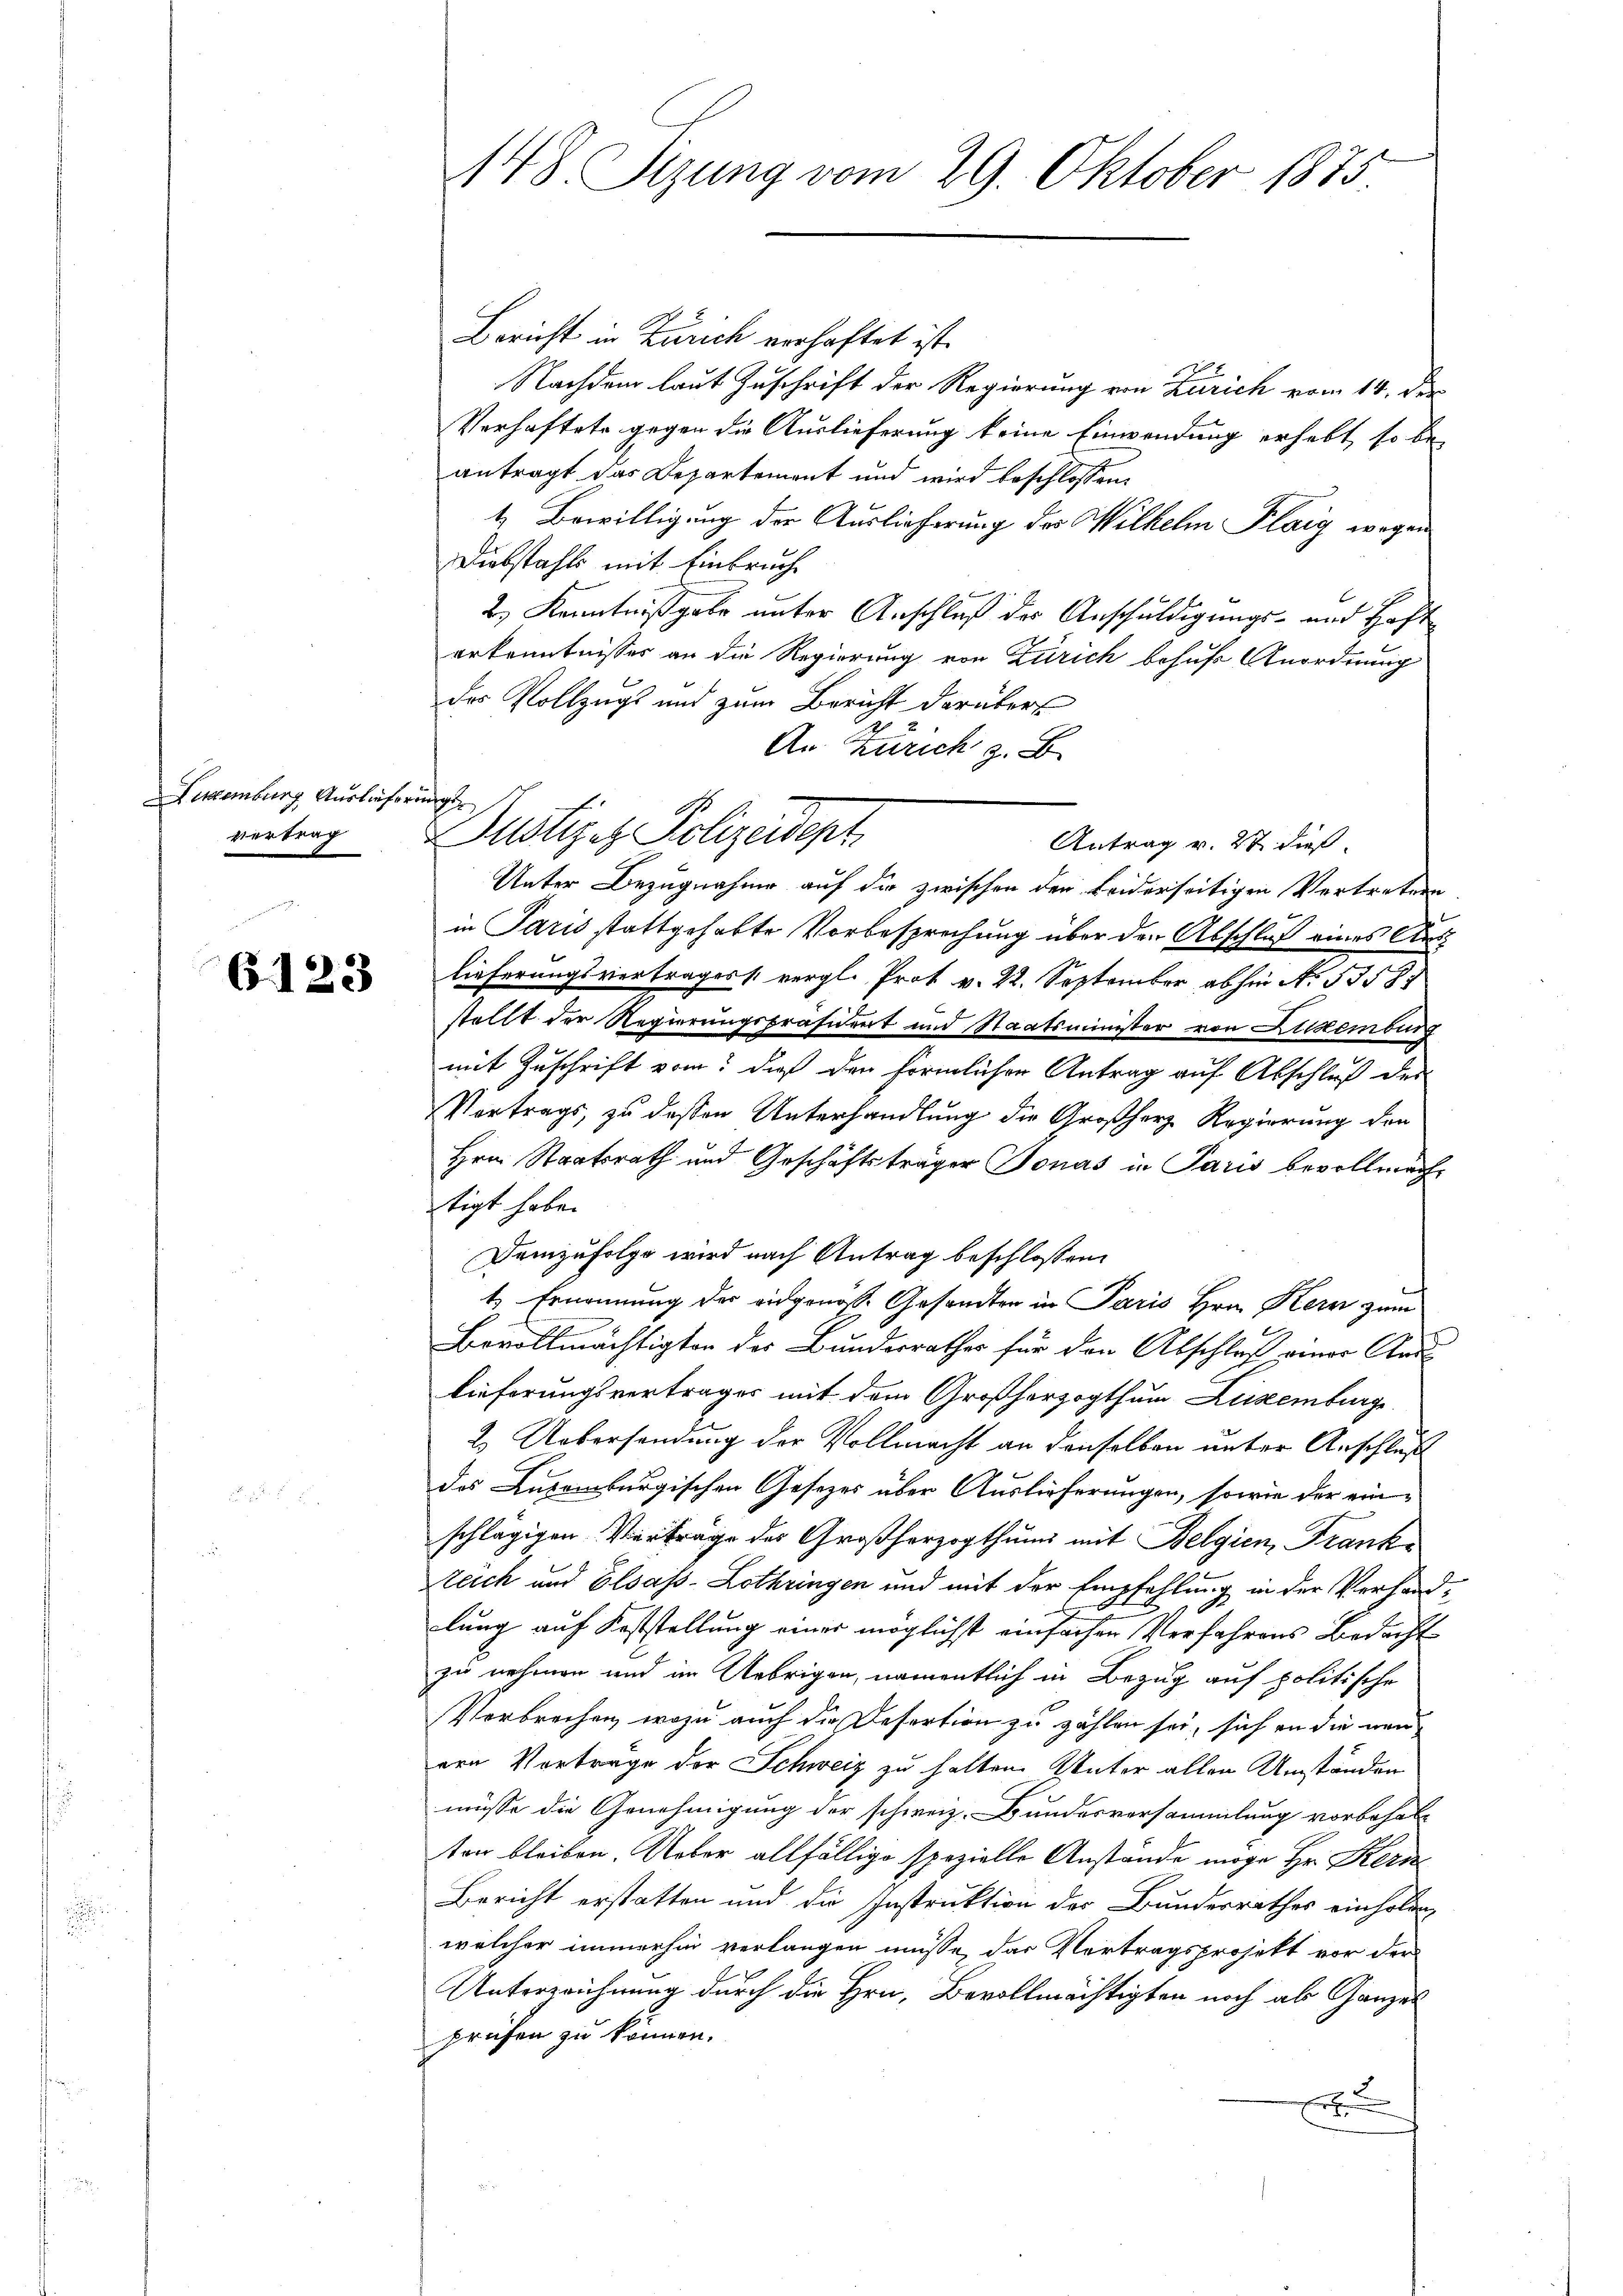
ugenburg Auslieferungs
vertrag

6123

148. Sizung vom 29. Oktober 1875

Bericht in Zürich verhaftet ist.
Nachdem laut Zuschrift der Regierung von Zürich vom 14. der
Verhaftete gegen die Auslieferung keine Einwendung erhebt, so be-
antragt das Departement und wird beschlossen:
1. Bewilligung der Auslieferung des Wilhelm Plaig wegen
Diebstahls mit Einbruche
2.) Kenntnißgabe unter Anschluß der Anschuldigungs- und Hoft
erkenntnisses an die Regierung von Zürich behufs Anordnung
des Vollzugs und zum Bericht darüber
2
An Zürich z. B.
Antrag v. 27. dieß
Unter Bezugnahme auf die zwischen den beiderseitigen Vertreten
in Paris stattgehabte Vorbesprechung über den Abschluß eines Auslieferungsvertrages vergl. Prof v. 22. September abhin No. 53587
stellt der Regierungspräsidert und Staatsminister von Lilkemburg
mit Zuschrift vom dieß den förmlichen Antrag auf Abschluß des
Vortrags, zu deßen Unterhandlung die Großherz Regierung den
Hrn. Staatsrath und Geschäftsträger Jonas in Paris bevollmachtigt habe.
Demzufolge wird nach Antrag beschlossen:
1.) Ernennung der eidgenosse Gesandten in Paris Hrn. Kern zum
Bevollmächtigten des Bundesrathes für den Abschluß einer Raulieferungsvertrages mit dem Großherzogthum Luxenburge
2. Uebersendung der Vollmacht an denselben unter Anschluß
des Luxenburgischen Gesezes über Auslieferungen, sowie der einschlägigen Vertrage des Großherzogthum mit Belgien, Frank¬
Zeich und Elsass-Lothringen und mit der Empfehlung in der Verhandlung auf Koststellung einer möglichst einfachen Verfahrens Bedacht
zu nehmen und im Uebrigen, namentlich in Bezug auf politische
Verbrechen, wozu auch die Refertion zu zählen sei, sich an die neuern Vorträge der Schweiz zu halten. Unter allen Umständen
müsse die Genehmigung der schweiz. Bundesversammlung vorbehalten bleiben. Ueber allfällige spezielle Anstände möge Hr. Kern
Bericht erstatten und die Instruktion der Bundesrathes einholen
welcher immerhin verlangen müsse, das Vertragsprojekt vor der
Unterzeichnung durch die Hrn. Bevollmächtigten noch als Ganzes
prüfen zu können.
r

Dustizen Polizeidept.